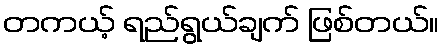
တကယ့် ရည်ရွယ်ချက် ဖြစ်တယ်။